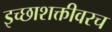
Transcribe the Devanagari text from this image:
इच्छाशक्तीवरच